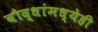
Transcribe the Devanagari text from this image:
बौद्धांमध्येही